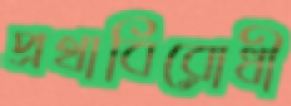
প্রথাবিরোধী